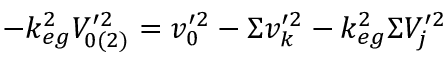
- k _ { e g } ^ { 2 } V _ { 0 ( 2 ) } ^ { \prime 2 } = v _ { 0 } ^ { \prime 2 } - \Sigma v _ { k } ^ { \prime 2 } - k _ { e g } ^ { 2 } \Sigma V _ { j } ^ { \prime 2 }